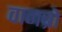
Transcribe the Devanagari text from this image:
वानब्रो